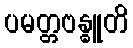
ပမတ္တဗန္ဓူတိ